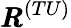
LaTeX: {\pmb R}^{(TU)}